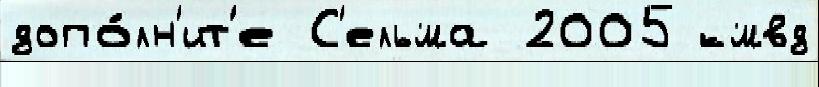
допо́лн'ит'е С'ельма 2005 кмвд